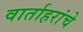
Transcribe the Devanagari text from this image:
वार्ताहरांचे